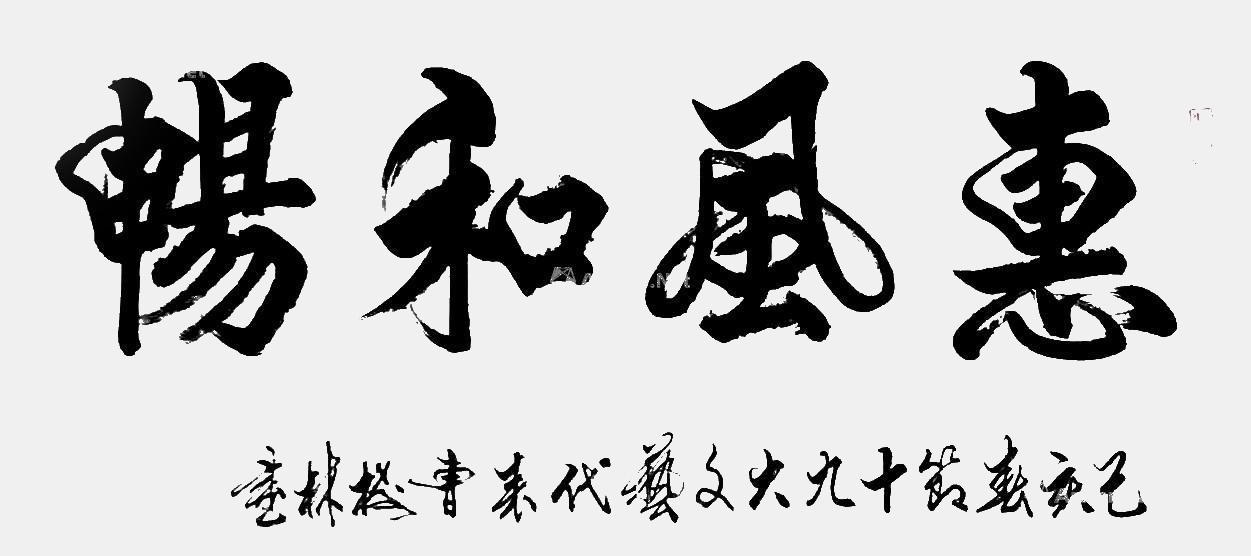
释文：引首章神功一笔遨钦款章十九大文艺代表曹树林印